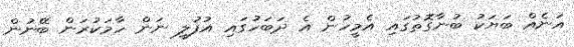
އަނެއް ބަޔަކު ބުނާގޮތުގައި އެމީހުން އެ ދަބަހުގައި އުފުލީ ނަން ހާމަކުރަން ބޭނުން